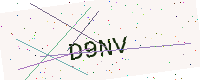
Text: D9NV